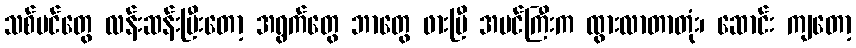
သစ်ပင်တွေ လန်းဆန်းပြီးတော့ အရွက်တွေ ဘာတွေ ဖားပြီ အပင်ကြီးက ထွားလာတာတုံး၊ ဆောင်း ကျတော့